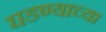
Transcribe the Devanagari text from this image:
घडण्याच्या